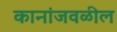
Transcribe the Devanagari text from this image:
कानांजवळील